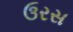
ઉરસ